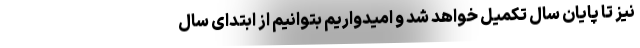
نیز تا پایان سال تکمیل خواهد شد و امیدواریم بتوانیم از ابتدای سال